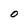
Character: O